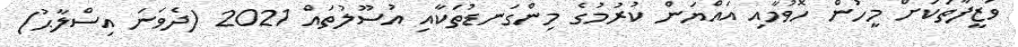
ވަޒީފާތަކަށް މީހުން ހޮވުމާއި އައްޔަން ކުރުމުގެ މިންގަނޑުތަކާއި އުސޫލުތައް 2021 (ދެވަނަ އިސްލާޙު)